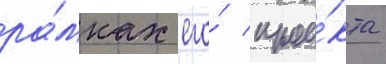
ра́мках его́ прое́кта